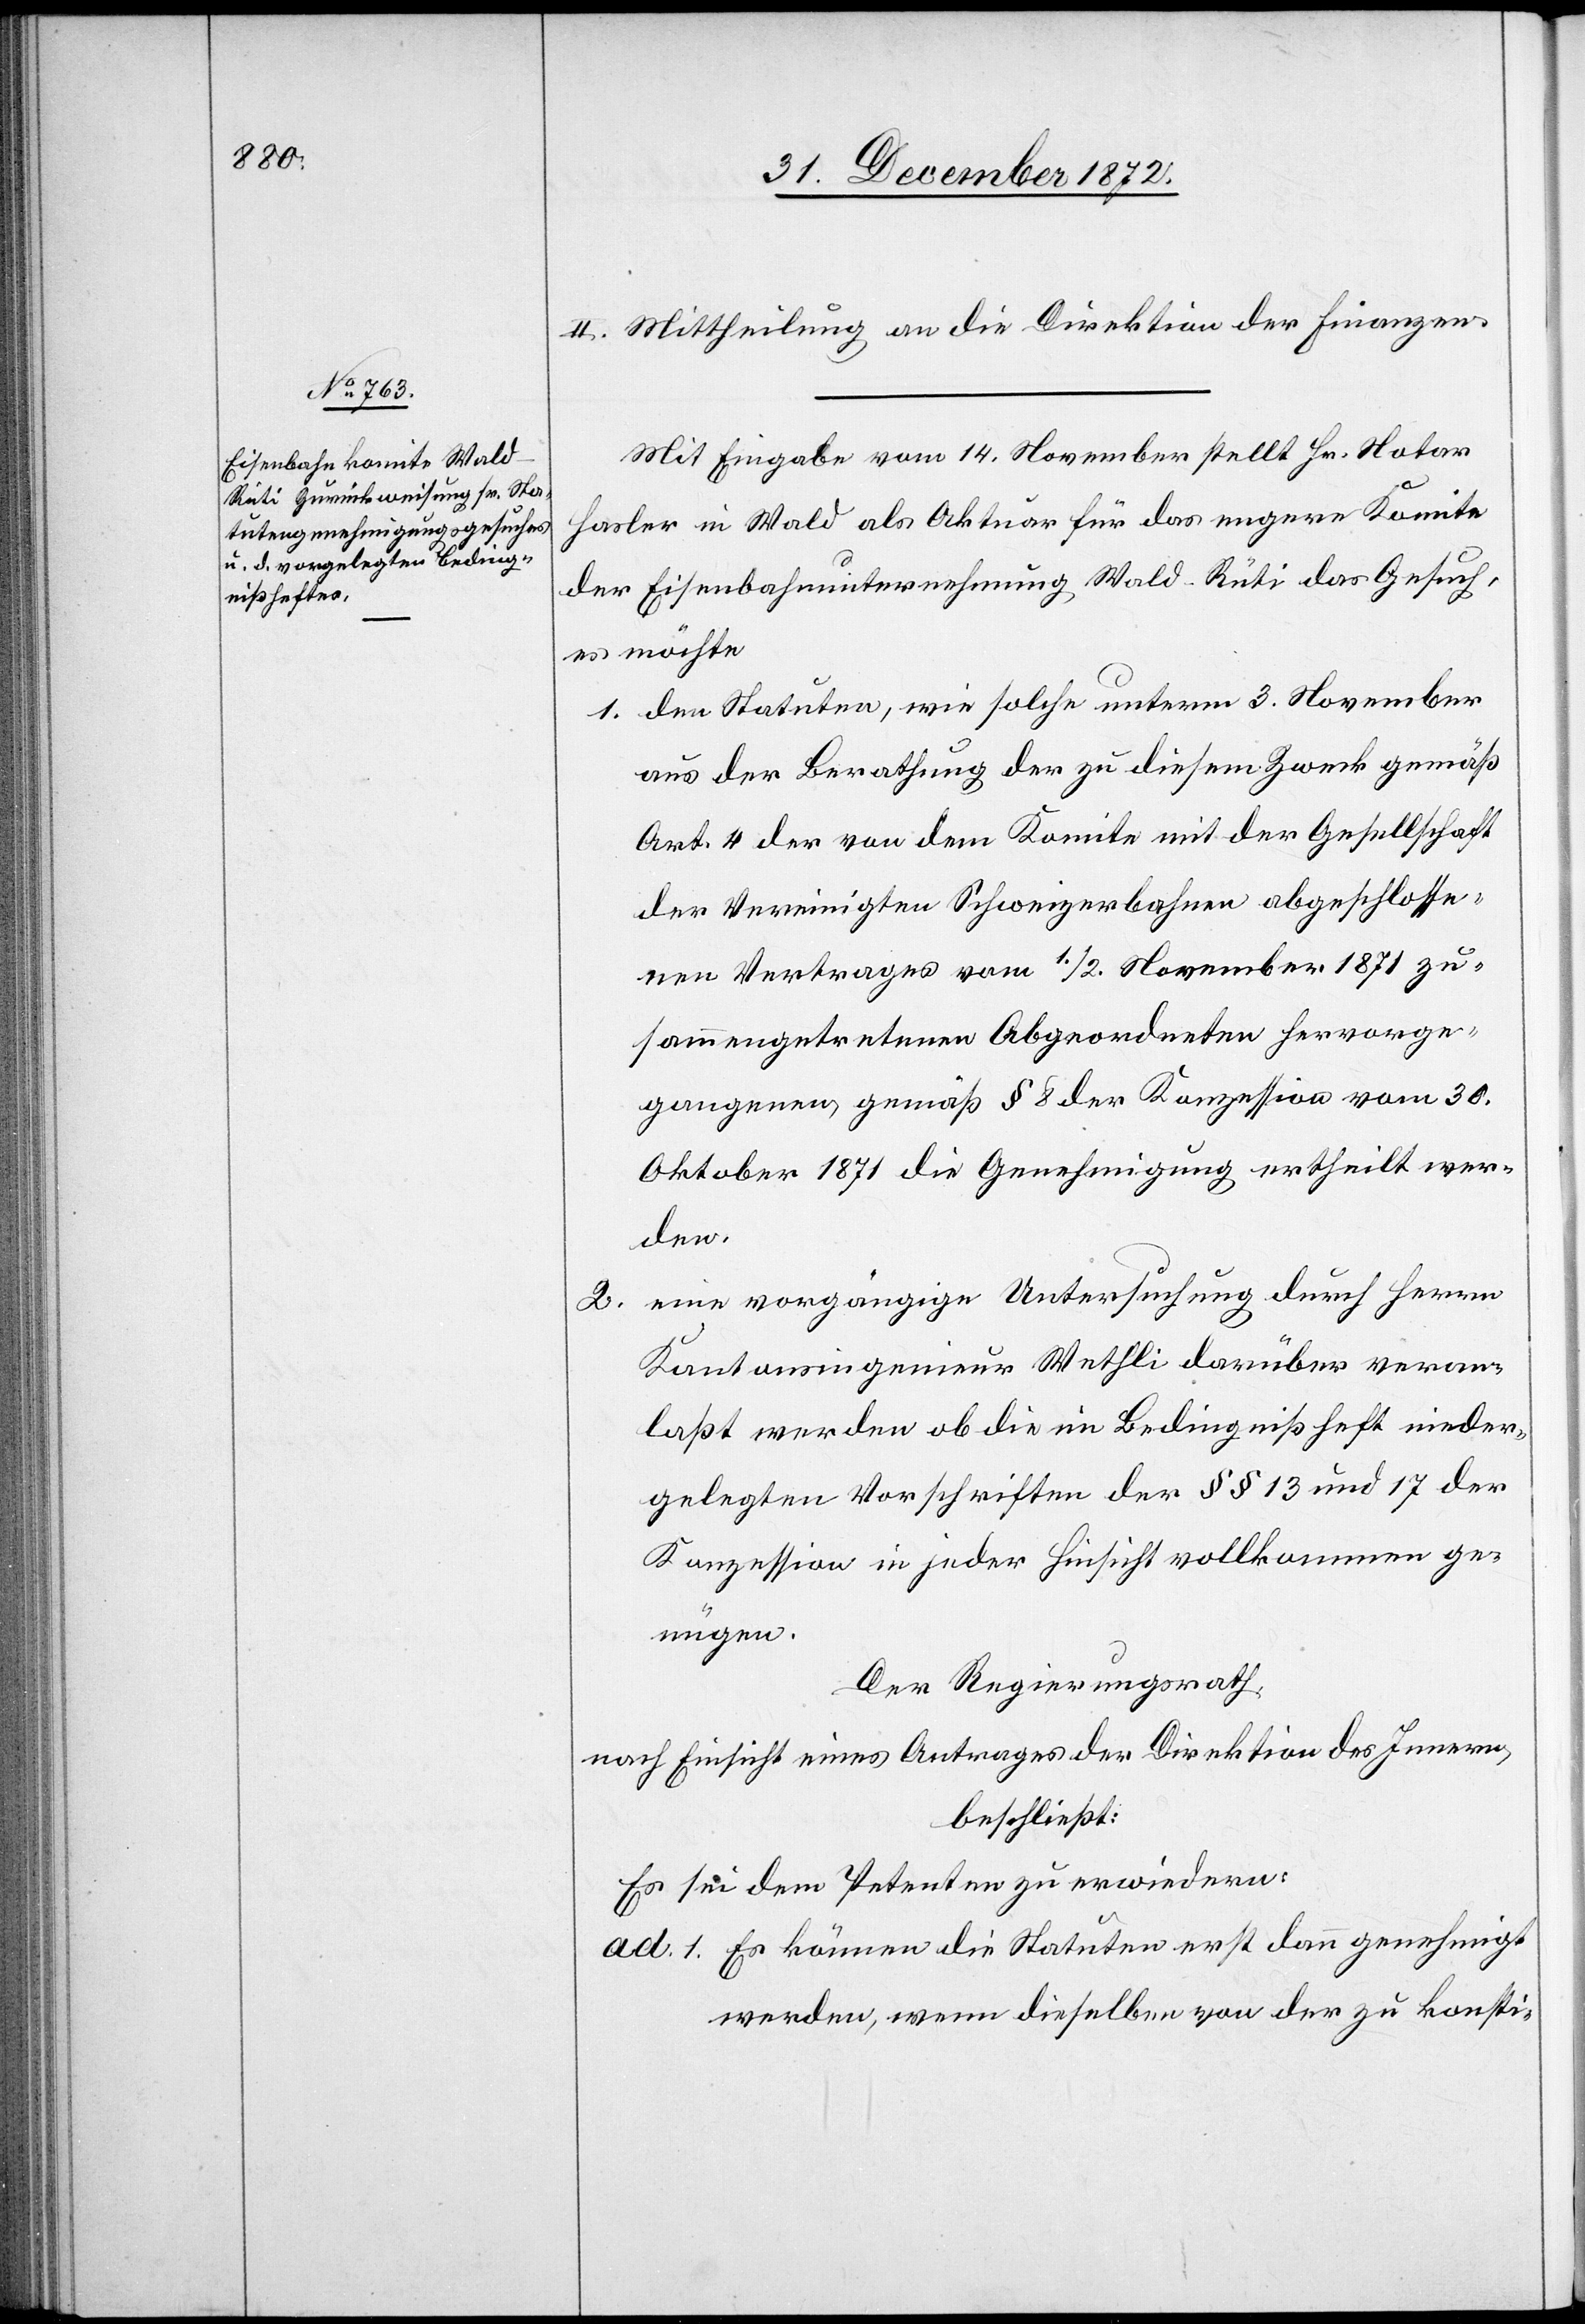
2.

II. Mittheilung an die Direktion der Finanzen.
Mit Eingabe vom 14. November stellt Hr. Notar
Hasler in Wald als Aktuar für das engere Komitee
der Eisenbahnunternehmung Wald–Rüti das Gesuch,
es möchte
den Statuten, wie solche unterm 3. November
aus der Berathung der zu diesem Zweck gemäß
Art. 4 der von dem Komite mit der Gesellschaft
der Vereinigten Schweizerbahnen abgeschlosse¬
nen Vertrages vom 1./2. November 1871 zu¬
sammengetretenen Abgeordneten hervorge¬
gangenen gemäß § 8 der Konzession vom 30.
Oktober 1871 die Genehmigung ertheilt wer¬
den.
eine vorgängige Untersuchung durch Herrn
Kantonsingenieur Wethli darüber veran¬
laßt werden ob die im Bedingnißheft nieder¬
gelegten Vorschriften der §§ 13 und 17 der
Konzession in jeder Hinsicht vollkommen ge¬
nügen.
Der Regierungsrath,
nach Einsicht eines Antrages der Direktion des Innern,
beschließt:
Es sei dem Petenten zu erwiedern:
Es können die Statuten erst dann genehmigt
werden, wenn dieselben von der zu konsti-